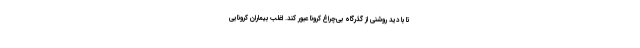
تا با دید روشنی از گذرگاه بی‌چراغ کرونا عبور کند. اغلب بیماران کرونایی